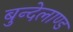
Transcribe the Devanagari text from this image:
बुन्देलाण्ड